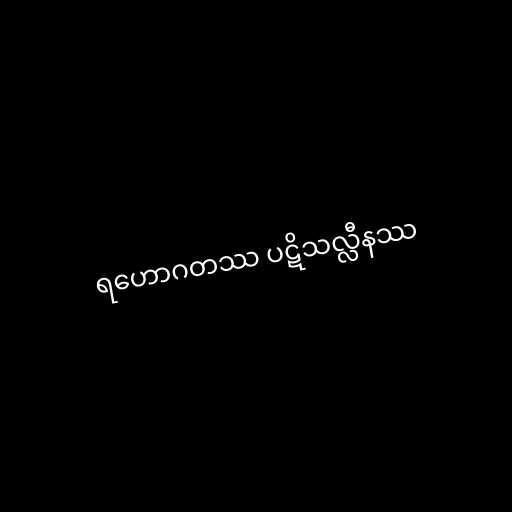
ရဟောဂတဿ ပဋိသလ္လီနဿ